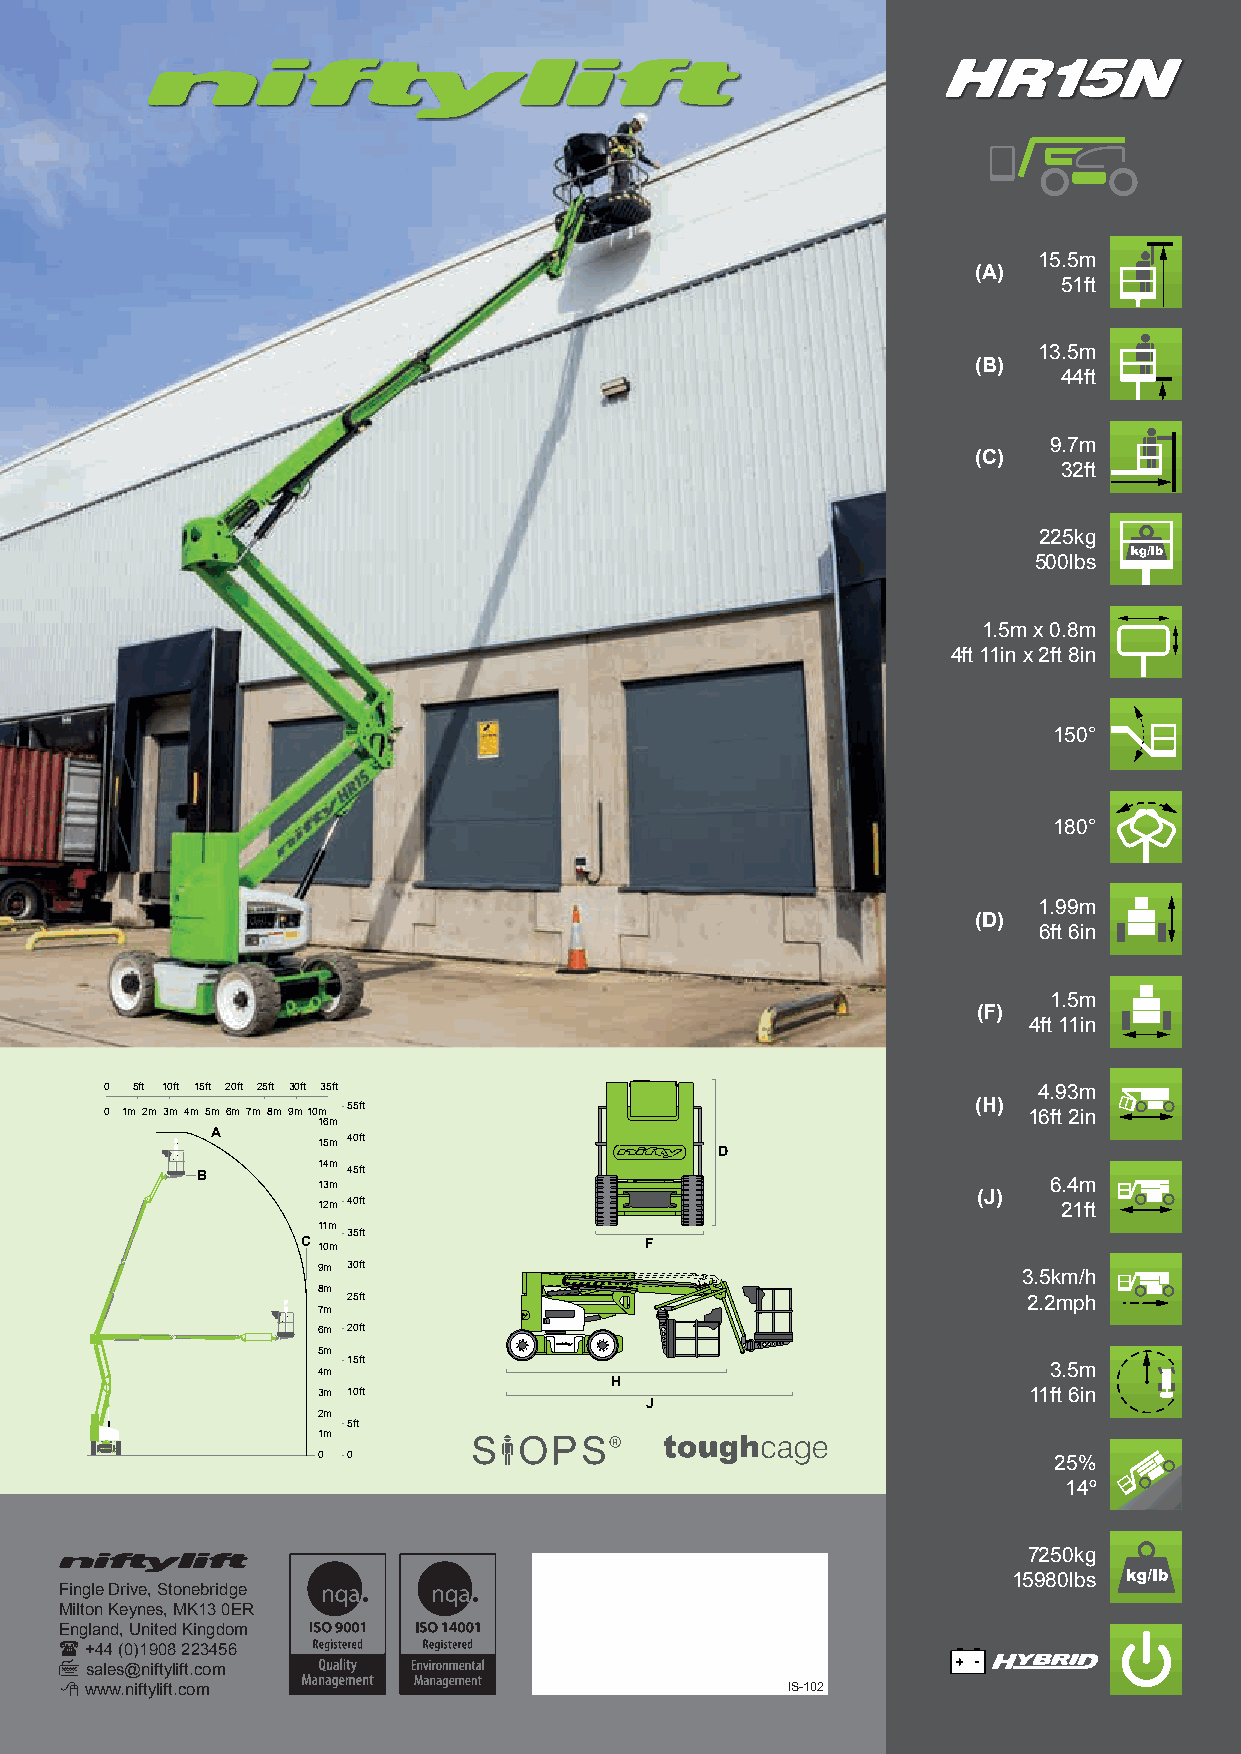
15.5m
 (A)
 51ft
 13.5m
 (B)
 44ft
 9.7m
 (C)
 32ft
 225kg
 500lbs
 1.5m x 0.8m
 4ft 11in x 2ft 8in
 150°
 180°
 1.99m
 (D)
 6ft 6in
 1.5m
 (F)
 4ft 11in
 0 5ft 10ft 15ft 20ft 25ft 30ft 35ft                           4.93m
 0 1m 2m 3m 4m 5m 6m 7m 8m 9m10m 55ft                      (H) 16ft 2in
 16m
 A      15m 40ft
 D
 B       14m 45ft
 13m                                             6.4m
 12m 40ft                                    (J)  21ft
 11m
 35ft
 C10m                   F
 9m 30ft
 3.5km/h
 8m
 25ft                                         2.2mph
 7m
 6m 20ft
 5m
 15ft
 4m                                              3.5m
 H
 3m 10ft                                        11ft 6in
 J
 2m
 5ft
 1m
 0 0                                              25%
 14º
 7250kg
 15980lbs
 Fingle Drive, Stonebridge
 Milton Keynes, MK13 0ER
 England, United Kingdom
 +44 (0)1908 223456
 sales@niftylift.com
 www.niftylift.com                             IS-102